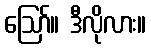
ဪ။ ဒီလိုလား။